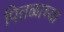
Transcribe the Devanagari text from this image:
पितळाच्या